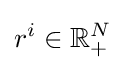
r^{i}\in \mathbb {R} _{+}^{N}